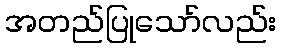
အတည်ပြုသော်လည်း